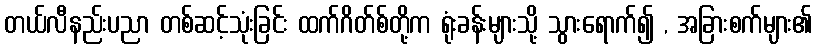
တယ်လီနည်းပညာ တစ်ဆင့်သုံးခြင်း ထက်ဂိတ်စ်တို့က ရုံးခန်းများသို့ သွားရောက်၍ , အခြားစက်များ၏